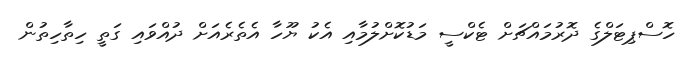
ހޮސްޕިޓަލްގެ ދޮރުމައްޗަށް ޓެކްސީ މަޑުކޮށްލުމާއި އެކު ޔޫހާ އެތެރެއަށް ދުއްވައި ގަތީ ހިތާހިތުން